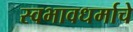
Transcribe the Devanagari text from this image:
स्वभावधर्माचे